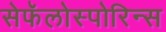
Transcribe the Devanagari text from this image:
सेफॅलोस्पोरिन्स